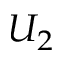
U _ { 2 }